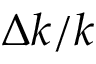
\Delta k / k